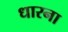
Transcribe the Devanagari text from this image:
धारना